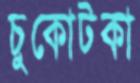
চুকোটকা